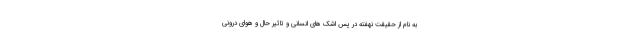
به نام از حقیقت نهفته در پس اشک های انسانی و تاثیر حال و هوای درونی